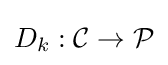
D_{k}:{\mathcal {C}}\rightarrow {\mathcal {P}}